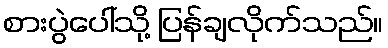
စားပွဲပေါ်သို့ ပြန်ချလိုက်သည်။